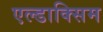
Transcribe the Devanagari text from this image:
एल्डाक्सिम